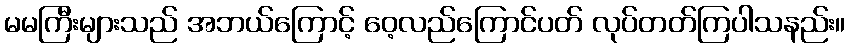
မမကြီးများသည် အဘယ်ကြောင့် ဝေ့လည်ကြောင်ပတ် လုပ်တတ်ကြပါသနည်း။